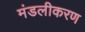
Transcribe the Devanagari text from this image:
मंडलीकरण